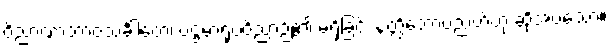
ဝိညာဏာဘာဝသင်္ခါတေ၊ ပဌမာရုပ္ပဝိညာဉ်၏ မရှိခြင်း နတ္ထိဘောပညတ်ဟု ဆိုအပ်သော။